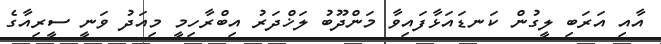
އާއި އަރަބި ލީގުން ކަނޑައަޅާފައިވާ މަންދޫބު ލަޚްދަރު އިބްރާހިމީ މިއަދު ވަނީ ސީރިއާގެ